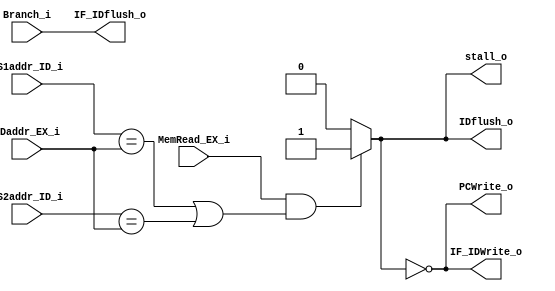
module HazardDetection(
	input           MemRead_EX_i,
	input [4:0]		RS1addr_ID_i,
	input [4:0]		RS2addr_ID_i,
	input [4:0] 	RDaddr_EX_i,
	input           Branch_i,
	output 			stall_o,
	output 			PCWrite_o,
    output          IF_IDWrite_o,
    output          IDflush_o,
	output          IF_IDflush_o
);

assign stall_o      = (MemRead_EX_i && ((RS1addr_ID_i == RDaddr_EX_i) || (RS2addr_ID_i == RDaddr_EX_i))) ? 1 : 0;
assign PCWrite_o    = ~stall_o;
assign IF_IDWrite_o = ~stall_o;
assign IDflush_o   = stall_o;
assign IF_IDflush_o= Branch_i;

endmodule